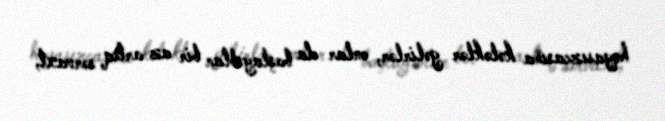
həyasızcasına kələklər gəlirlər, onlar da başlayıblar bir az artıq sərvaxt,